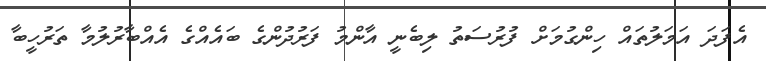
އެފަދަ އަމަލުތައް ހިންގުމަށް ފުރުސަތު ލިބެނީ އާންމު ފަރުދުންގެ ބައެއްގެ އެއްބާރުލުމާ ތަރުހީބާ